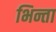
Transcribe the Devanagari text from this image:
भिन्ता